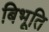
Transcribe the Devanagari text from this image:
बिभूति